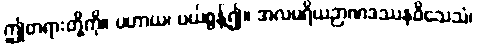
ဤတရားတို့ကို။ ပဟာယ၊ ပယ်စွန့်၍။ အလမရိယဉာဏဒဿနဝိသေသံ၊